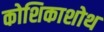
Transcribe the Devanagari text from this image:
कोशिकाशोथ